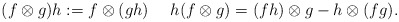
\begin{align*}(f\otimes g)h:=f\otimes (gh)\ \ \ \ h(f\otimes g)=(fh)\otimes g - h\otimes (fg).\end{align*}